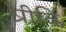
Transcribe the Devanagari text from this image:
प्रीवि